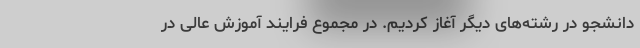
دانشجو در رشته‌های دیگر آغاز کردیم. در مجموع فرایند آموزش عالی در